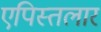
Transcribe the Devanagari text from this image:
एपिस्तलार